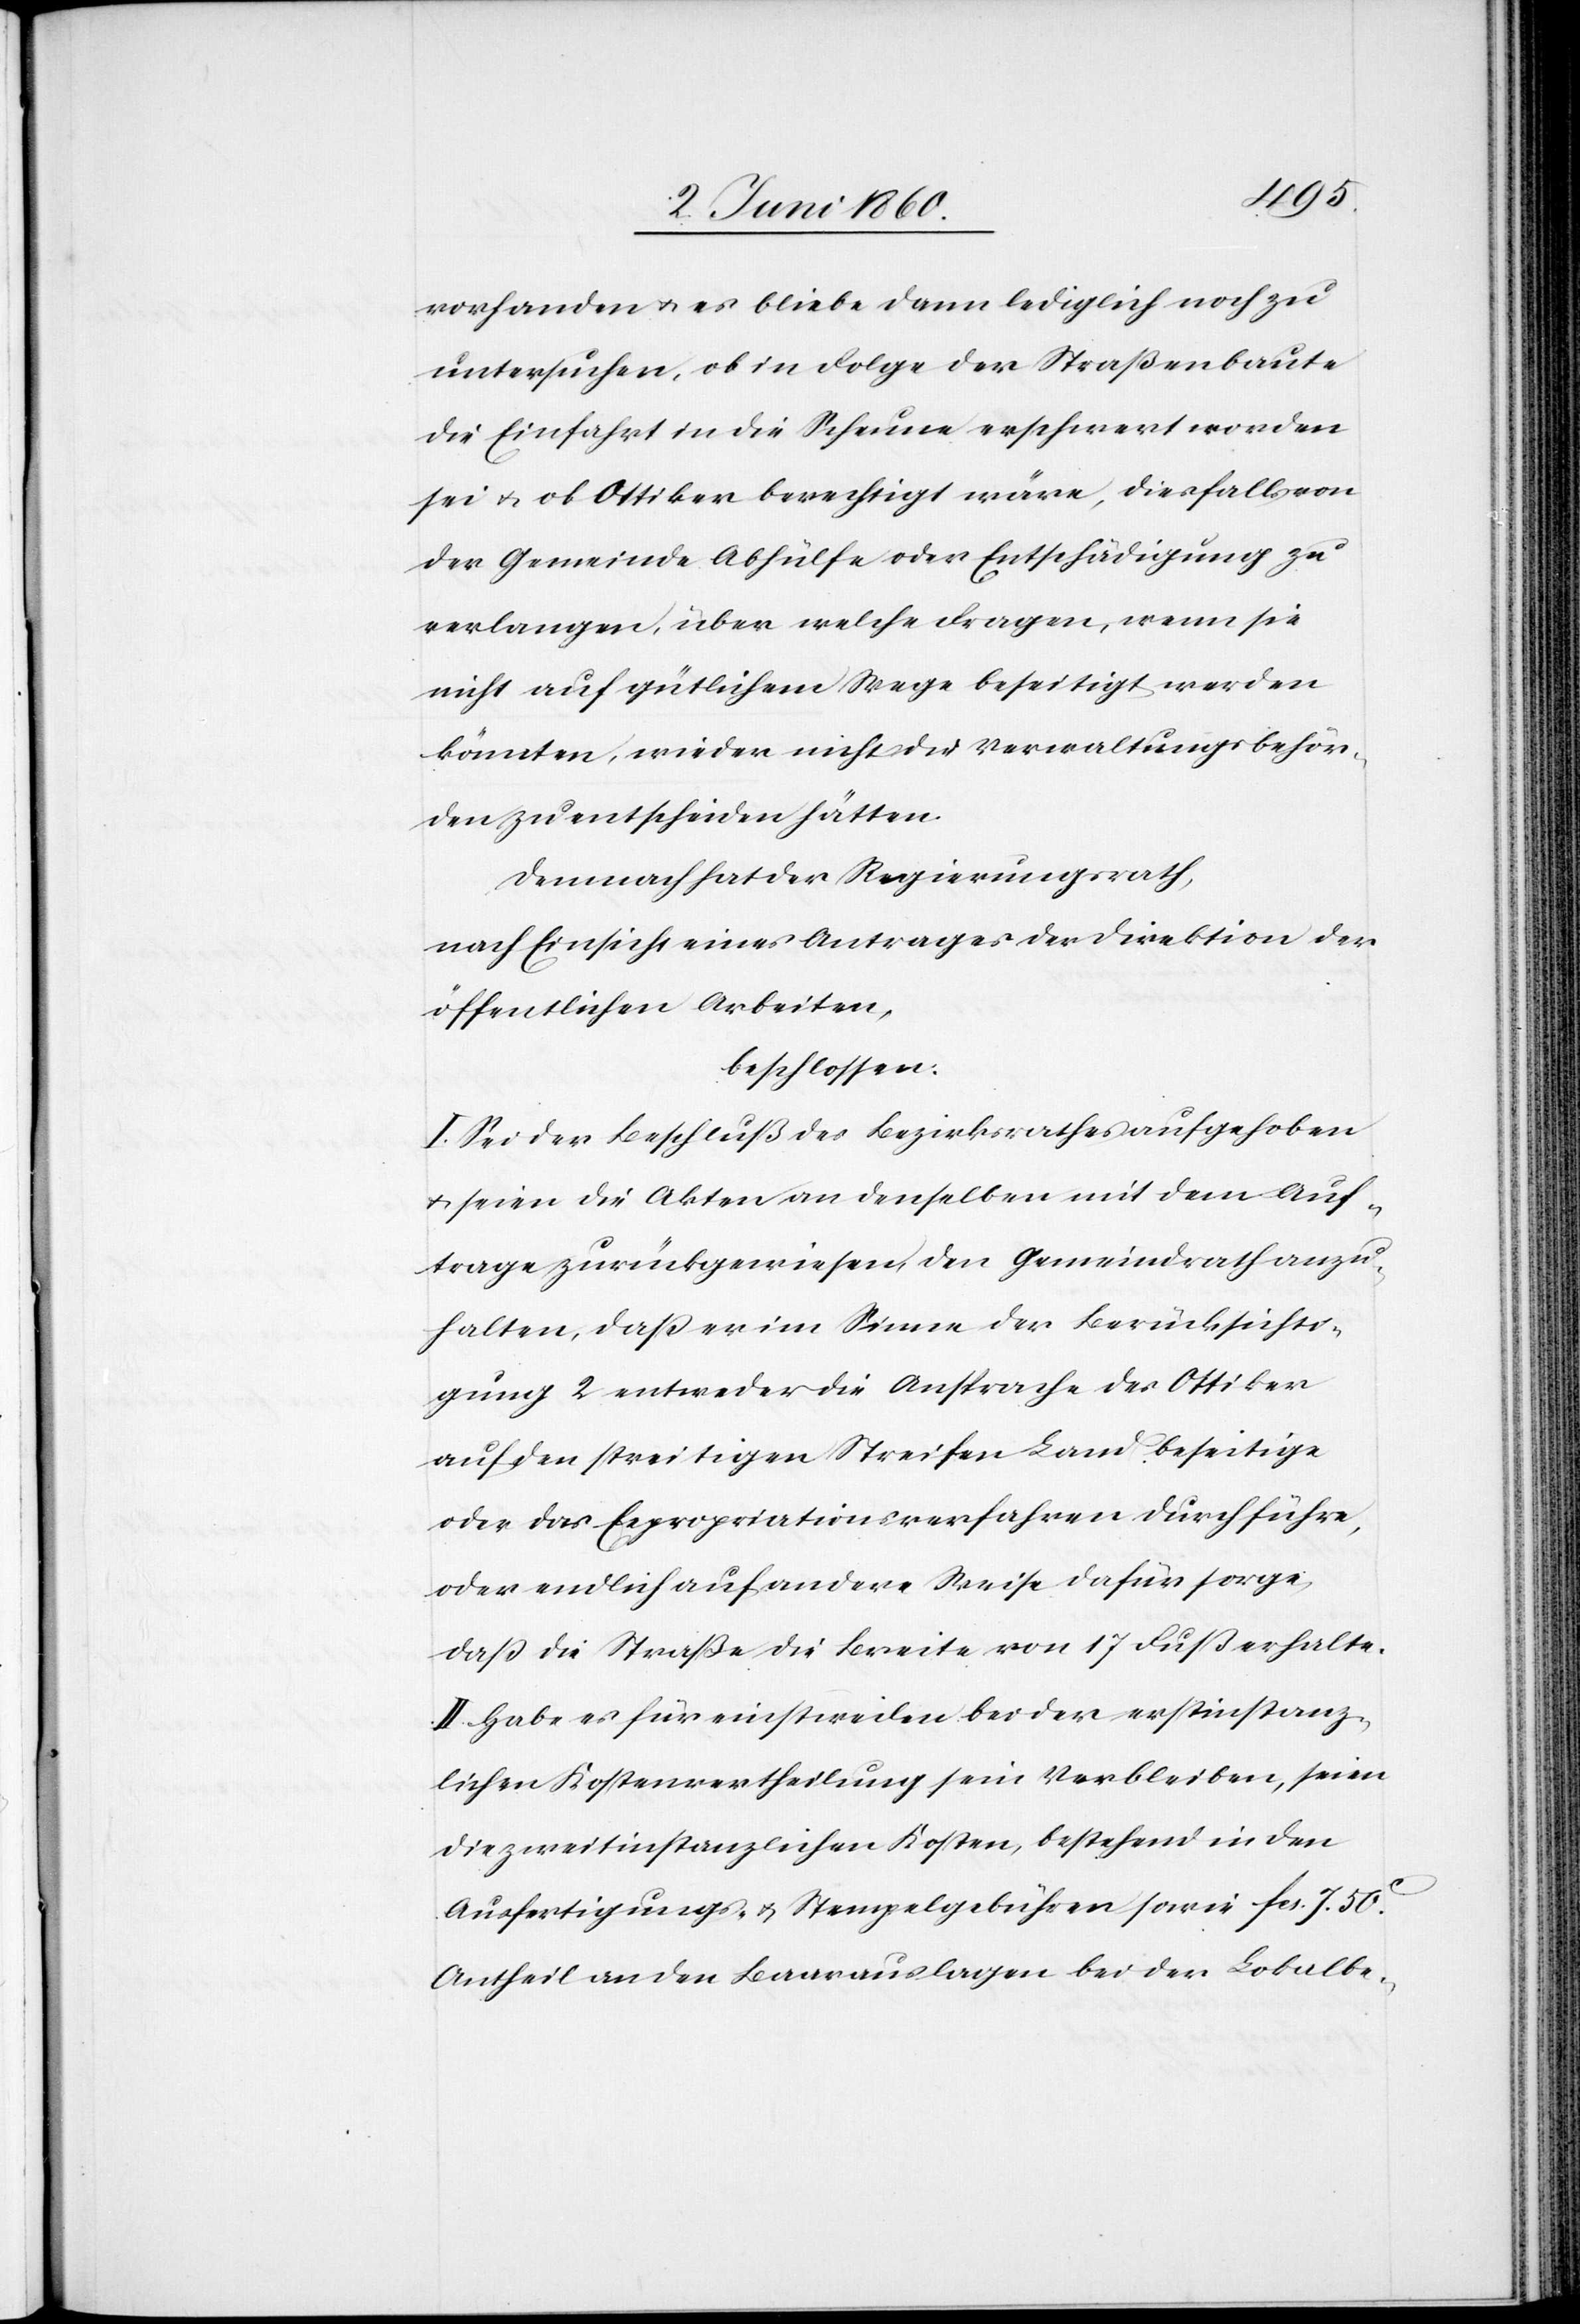
vorhanden u. es bliebe dann lediglich noch zu
untersuchen, ob in Folge der Straßenbaute
die Einfahrt in die Scheune erschwert worden
sei u. ob Ottiker berechtigt wäre, diesfalls von
der Gemeinde Abhülfe oder Entschädigung zu
verlangen, über welche Fragen, wenn sie
nicht auf gütlichem Wege beseitigt werden
könnten, wieder nicht die Verwaltungsbehör¬
den zu entscheiden hätten.
Demnach hat der Regierungsrath,
nach Einsicht eines Antrages der Direktion der
öffentlichen Arbeiten,
beschlossen:
I. Sei der Beschluß des Bezirksrathes aufgehoben
u. seien die Akten an denselben mit dem Auf¬
trage zurückgewiesen, den Gemeindrath anzu¬
halten, dass er im Sinne der Berücksichti¬
gung 2 entweder die Ansprache des Ottiker
auf den streitigen Streifen Land beseitige
oder das Expropriationsverfahren durchführe,
oder endlich auf andere Weise dafür sorge,
dass die Straße die Breite von 17 Fuss erhalte.
II. Habe es für einstweilen bei der erstinstanz¬
lichen Kostenvertheilung sein Verbleiben, seien
die zweitinstanzlichen Kosten, bestehend in den
Ausfertigungs- u. Stempelgebühren sowie fcs. 7. 50C
Antheil an den Baarauslagen bei der Lokalbe-